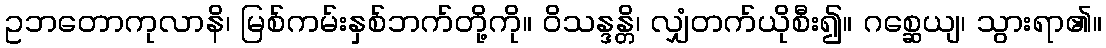
ဥဘတောကုလာနိ၊ မြစ်ကမ်းနှစ်ဘက်တို့ကို။ ဝိသန္ဒန္တိ၊ လျှံတက်ယိုစီး၍။ ဂစ္ဆေယျ၊ သွားရာ၏။